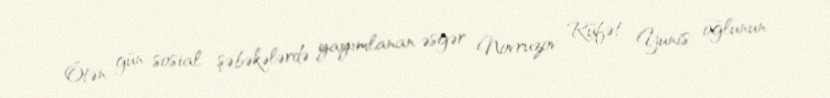
Ötən gün sosial şəbəkələrdə yayımlanan əsgər Novruzov Rüfət Yunis oğlunun